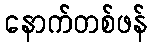
နောက်တစ်ဖန်